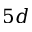
5 d